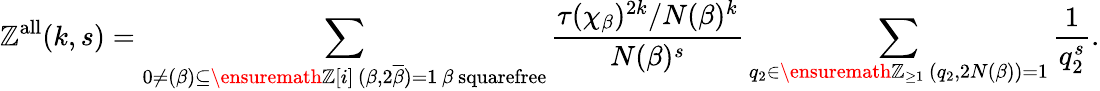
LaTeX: \mathbb{Z}^{\mathrm{{all}}}(k,s)=\sum_{\substack{0\neq(\beta)\subseteq\ensuremath{{\mathbb{\mathbb{Z}}}}[i]\, (\beta,2\overline{{{\beta}}})=1\, \beta\mathrm{{~squarefree}}}}\frac{{\tau(\chi_{\beta})^{2k}/N(\beta)^{k}}}{{N(\beta)^{s}}}\sum_{\substack{q_{2}\in\ensuremath{{\mathbb{\mathbb{Z}}}}_{\geq1}\, (q_{2},2N(\beta))=1}}\frac{{1}}{{q_{2}^{s}}}.